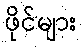
ဖိုင်များ